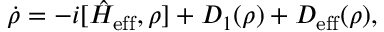
\begin{array} { r } { \dot { \rho } = - i [ \hat { H } _ { \mathrm { e f f } } , \rho ] + D _ { 1 } ( \rho ) + D _ { \mathrm { e f f } } ( \rho ) , } \end{array}